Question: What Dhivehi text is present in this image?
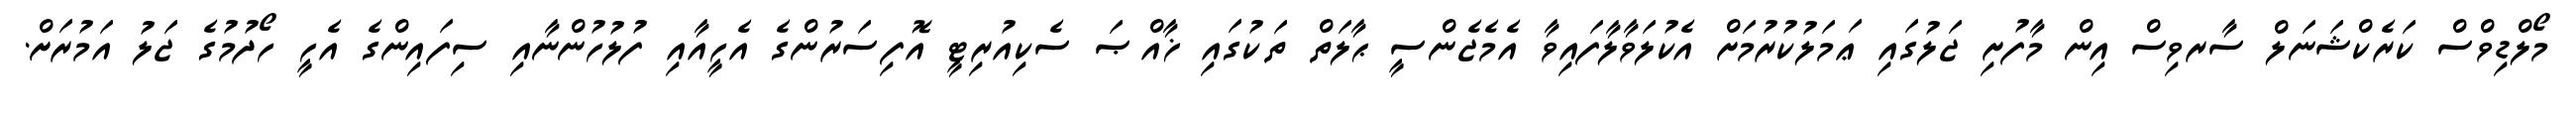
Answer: މޯލްޑިވްސް ކަރެކްޝަނަލް ސާރވިސް އިން މާފުށި ޖަލުގައި ޢަމަލުކުރުމަށް އެކުލަވާލާފައިވާ އެމެޖެންސީ ޙާލަތް ތަކުގައި ޚާއްޞަ ސެކިއުރިޓީ އޮފިސަރުންގެ އެހީއާއި ފުލުހުންނާއި ސިފައިންގެ އެހީ ހޯދުމުގެ ޖަލު އަމުރަށް.